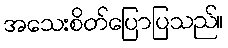
အသေးစိတ်ပြောပြသည်။